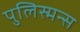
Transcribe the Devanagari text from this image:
पुलिस्मन्स